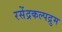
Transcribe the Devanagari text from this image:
रसेंद्रकल्पद्रुम